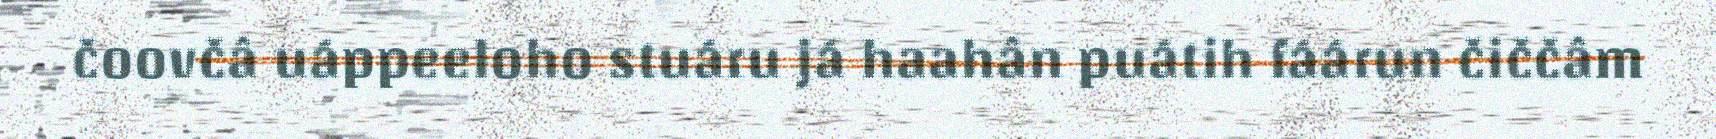
čoovčâ uáppeeloho stuáru já haahân puátih fáárun čiččâm